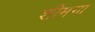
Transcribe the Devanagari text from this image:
शीमगा